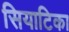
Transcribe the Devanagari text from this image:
सियाटिका